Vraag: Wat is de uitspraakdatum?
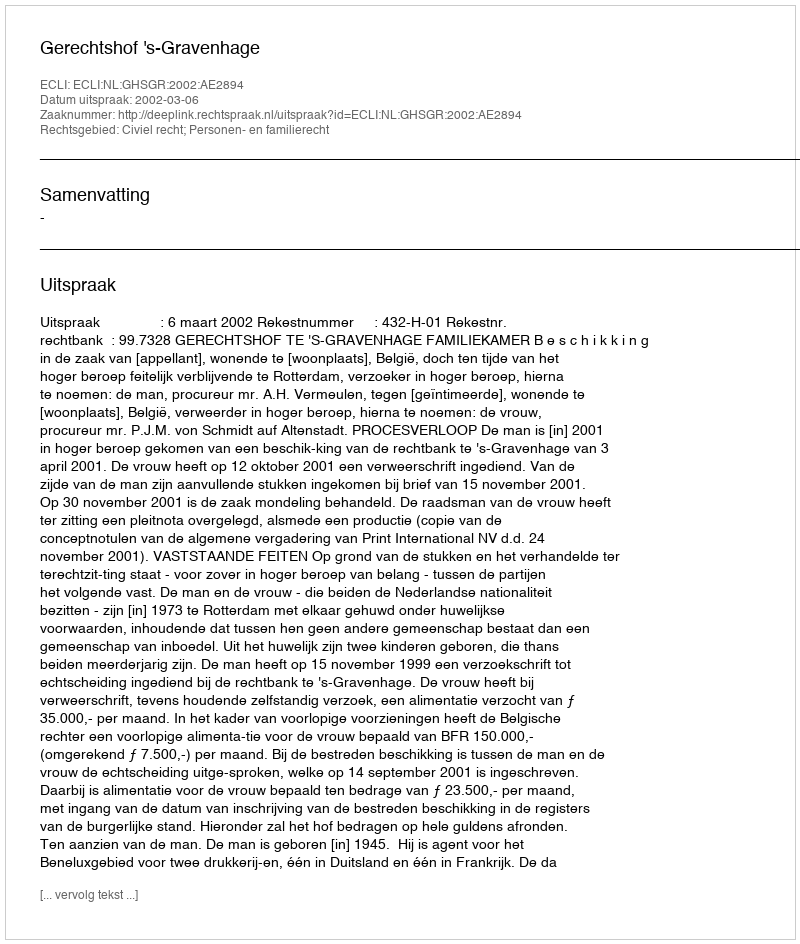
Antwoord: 2002-03-06